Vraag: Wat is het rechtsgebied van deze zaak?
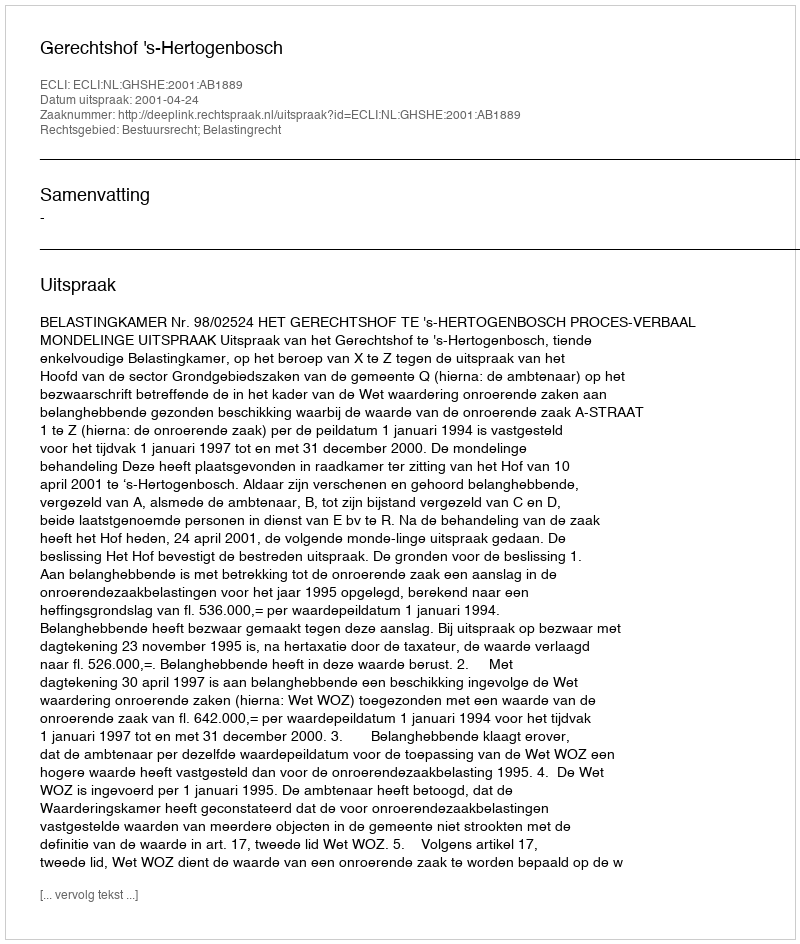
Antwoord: Bestuursrecht; Belastingrecht